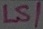
Text: LS1